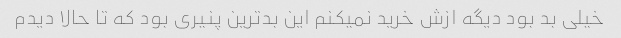
خیلی بد بود دیگه ازش خرید نمیکنم این بدترین پنیری بود که تا حالا دیدم